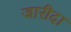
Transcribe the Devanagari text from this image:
जारीदा